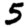
Digit: 5